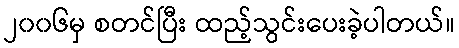
၂၀၀၆မှ စတင်ပြီး ထည့်သွင်းပေးခဲ့ပါတယ်။